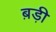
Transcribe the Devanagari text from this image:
ब़ड़ी